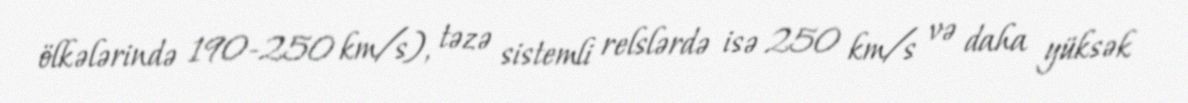
ölkələrində 190-250 km/s), təzə sistemli relslərdə isə 250 km/s və daha yüksək